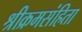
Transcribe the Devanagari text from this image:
श्रीक्रमसंहिता